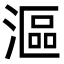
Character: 漚